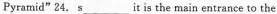
Pyramid"24. S ___ it is the main entrance to the